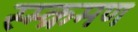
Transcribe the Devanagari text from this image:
स्म्क्रमण